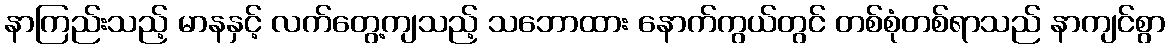
နာကြည်းသည့် မာနနှင့် လက်တွေ့ကျသည့် သဘောထား နောက်ကွယ်တွင် တစ်စုံတစ်ရာသည် နာကျင်စွာ